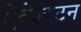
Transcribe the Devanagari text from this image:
ऐवेल्स्टन